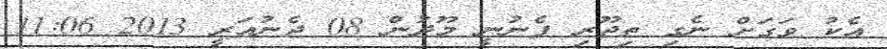
އެކު ވަގަށް ނެގި ތިޖޫރި ފެނުނީ މޫދުން 08 ޖެނުއަރީ 2013 11:06